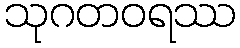
သုဂတဝရဿ